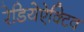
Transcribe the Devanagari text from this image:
रेडियेऐक्टिव